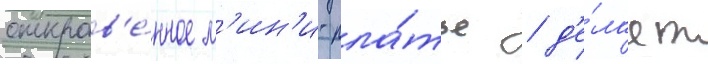
откров'е́нное м'ин'и-пла́тье / д'е́лает